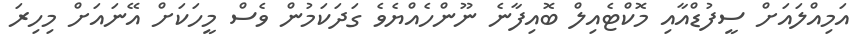
އަމިއްލައަށް ސީފުޑްއާއި މޮކްޓެއިލް ބޮއިފާނެ ނޫންހެއްޔެވެ ގަދަކަމުން ވެސް މީހަކަށް އޭނައަށް މިހިރަ